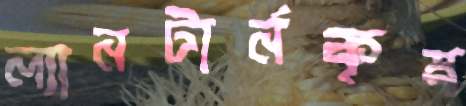
ল্যানটার্নকৃষ